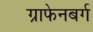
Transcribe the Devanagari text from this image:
ग्राफेनबर्ग